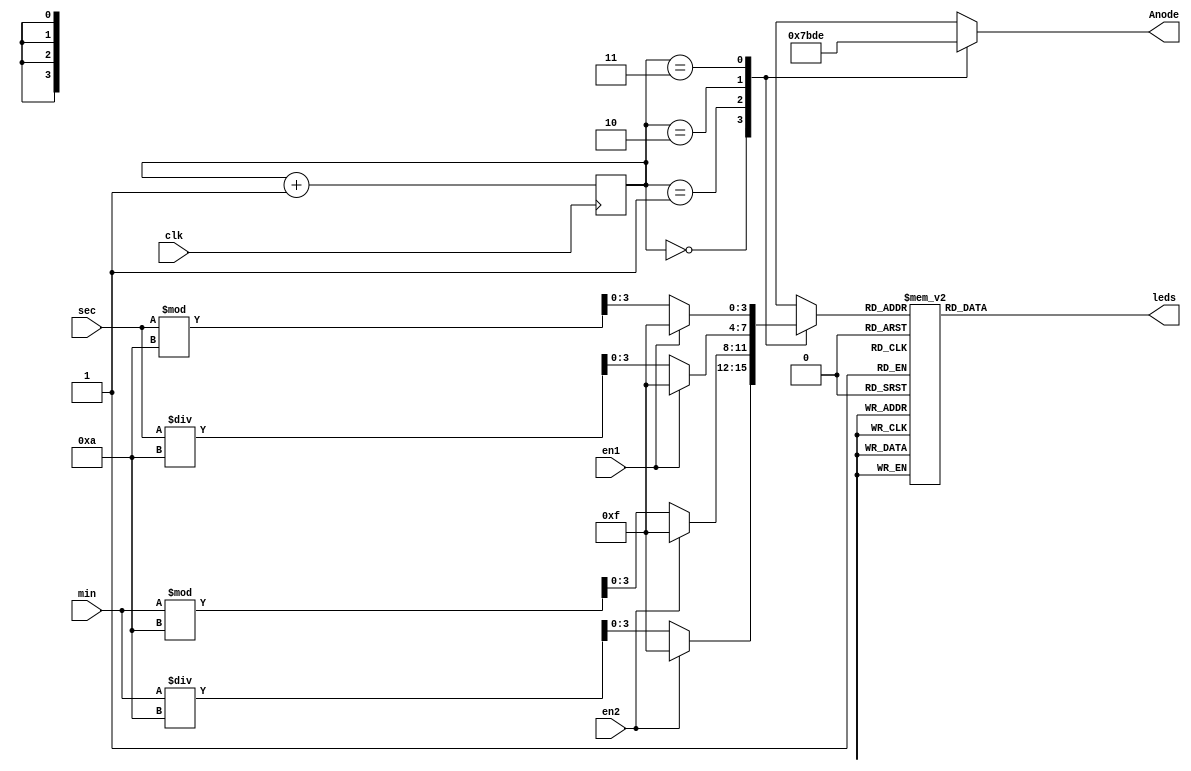
module sevsegdisp(clk, min, sec, en1, en2, leds, Anode);

input clk;
input [5:0] min;
input [5:0] sec;
input en1;
input en2;
output reg [6:0] leds;
output reg [3:0] Anode;

reg [1:0] activate = 0;
reg [3:0] digit;
reg [1:0] timer;

initial begin
    activate = 0;
    digit = 4'b0000;
end

always@ (posedge clk) begin
    activate <= activate + 1;
end

always@ (*) begin
    case(activate)
        2'b00: begin
            Anode = 4'b0111;
            if(~en2) begin
                digit = min / 4'b1010;
            end else begin
                digit = 4'b1111;
            end
        end
        2'b01: begin
            Anode = 4'b1011;
            if(~en2) begin
                digit = min % 4'b1010;
            end else begin
                digit = 4'b1111;
            end
        end
        2'b10: begin
            Anode = 4'b1101;
            if(~en1) begin
                digit = sec / 4'b1010;
            end else begin
                digit = 4'b1111;
            end
        end
        2'b11: begin
            Anode = 4'b1110;
            if(~en1) begin
                digit = sec % 4'b1010;
            end else begin
                digit = 4'b1111;
            end
        end
        default: begin
            Anode = 4'b0111;
            digit = 4'b1111;
        end
     endcase
end

always@ (*) begin
    case(digit)
         4'b0000: leds = 7'b1000000;  
         4'b0001: leds = 7'b1111001; 
         4'b0010: leds = 7'b0100100;
         4'b0011: leds = 7'b0110000;
         4'b0100: leds = 7'b0011001;
         4'b0101: leds = 7'b0010010;
         4'b0110: leds = 7'b0000010;
         4'b0111: leds = 7'b1111000;
         4'b1000: leds = 7'b0000000;
         4'b1001: leds = 7'b0011000;
         4'b1111: leds = 7'b1111111;
         default: leds = 7'b0111111;
     endcase
end

endmodule